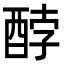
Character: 𮠫